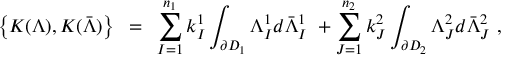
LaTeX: \left\{ K ( \Lambda ) , K ( \bar { \Lambda } ) \right\} ~ = ~ \sum _ { I = 1 } ^ { n _ { 1 } } k _ { I } ^ { 1 } \int _ { \partial D _ { 1 } } \Lambda _ { I } ^ { 1 } d \bar { \Lambda } _ { I } ^ { 1 } ~ + \sum _ { J = 1 } ^ { n _ { 2 } } k _ { J } ^ { 2 } \int _ { \partial D _ { 2 } } \Lambda _ { J } ^ { 2 } d \bar { \Lambda } _ { J } ^ { 2 } ~ ,